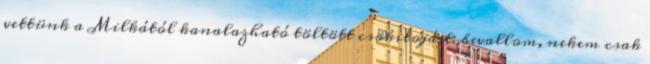
vettünk a Milkától kanalazható töltött csokitojást: bevallom, nekem csak